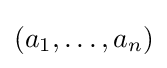
(a_{1},\ldots ,a_{n})